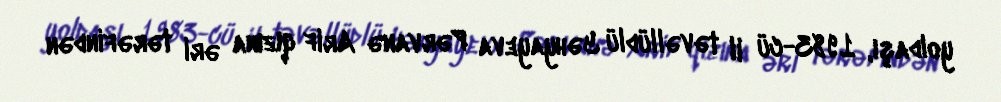
yoldaşı, 1983-cü il təvəllüdlü Yəhyayeva Pərvanə Arif qızına əri tərəfindən